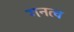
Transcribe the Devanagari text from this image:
गनत्व